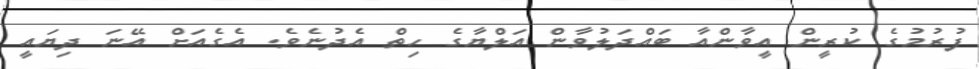
ފުރުމުގެ ކުރީން އީވާންއާ ބައްދަލުވާން އަލްޔާގެ ހިތް އެދުނެވެ. އެގެއަށް އޭނަ ދިޔައީ